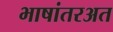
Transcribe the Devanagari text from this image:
भाषांतरअत